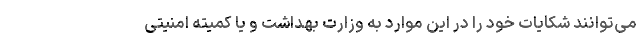
می‌توانند شکایات خود را در این موارد به وزارت بهداشت و یا کمیته امنیتی